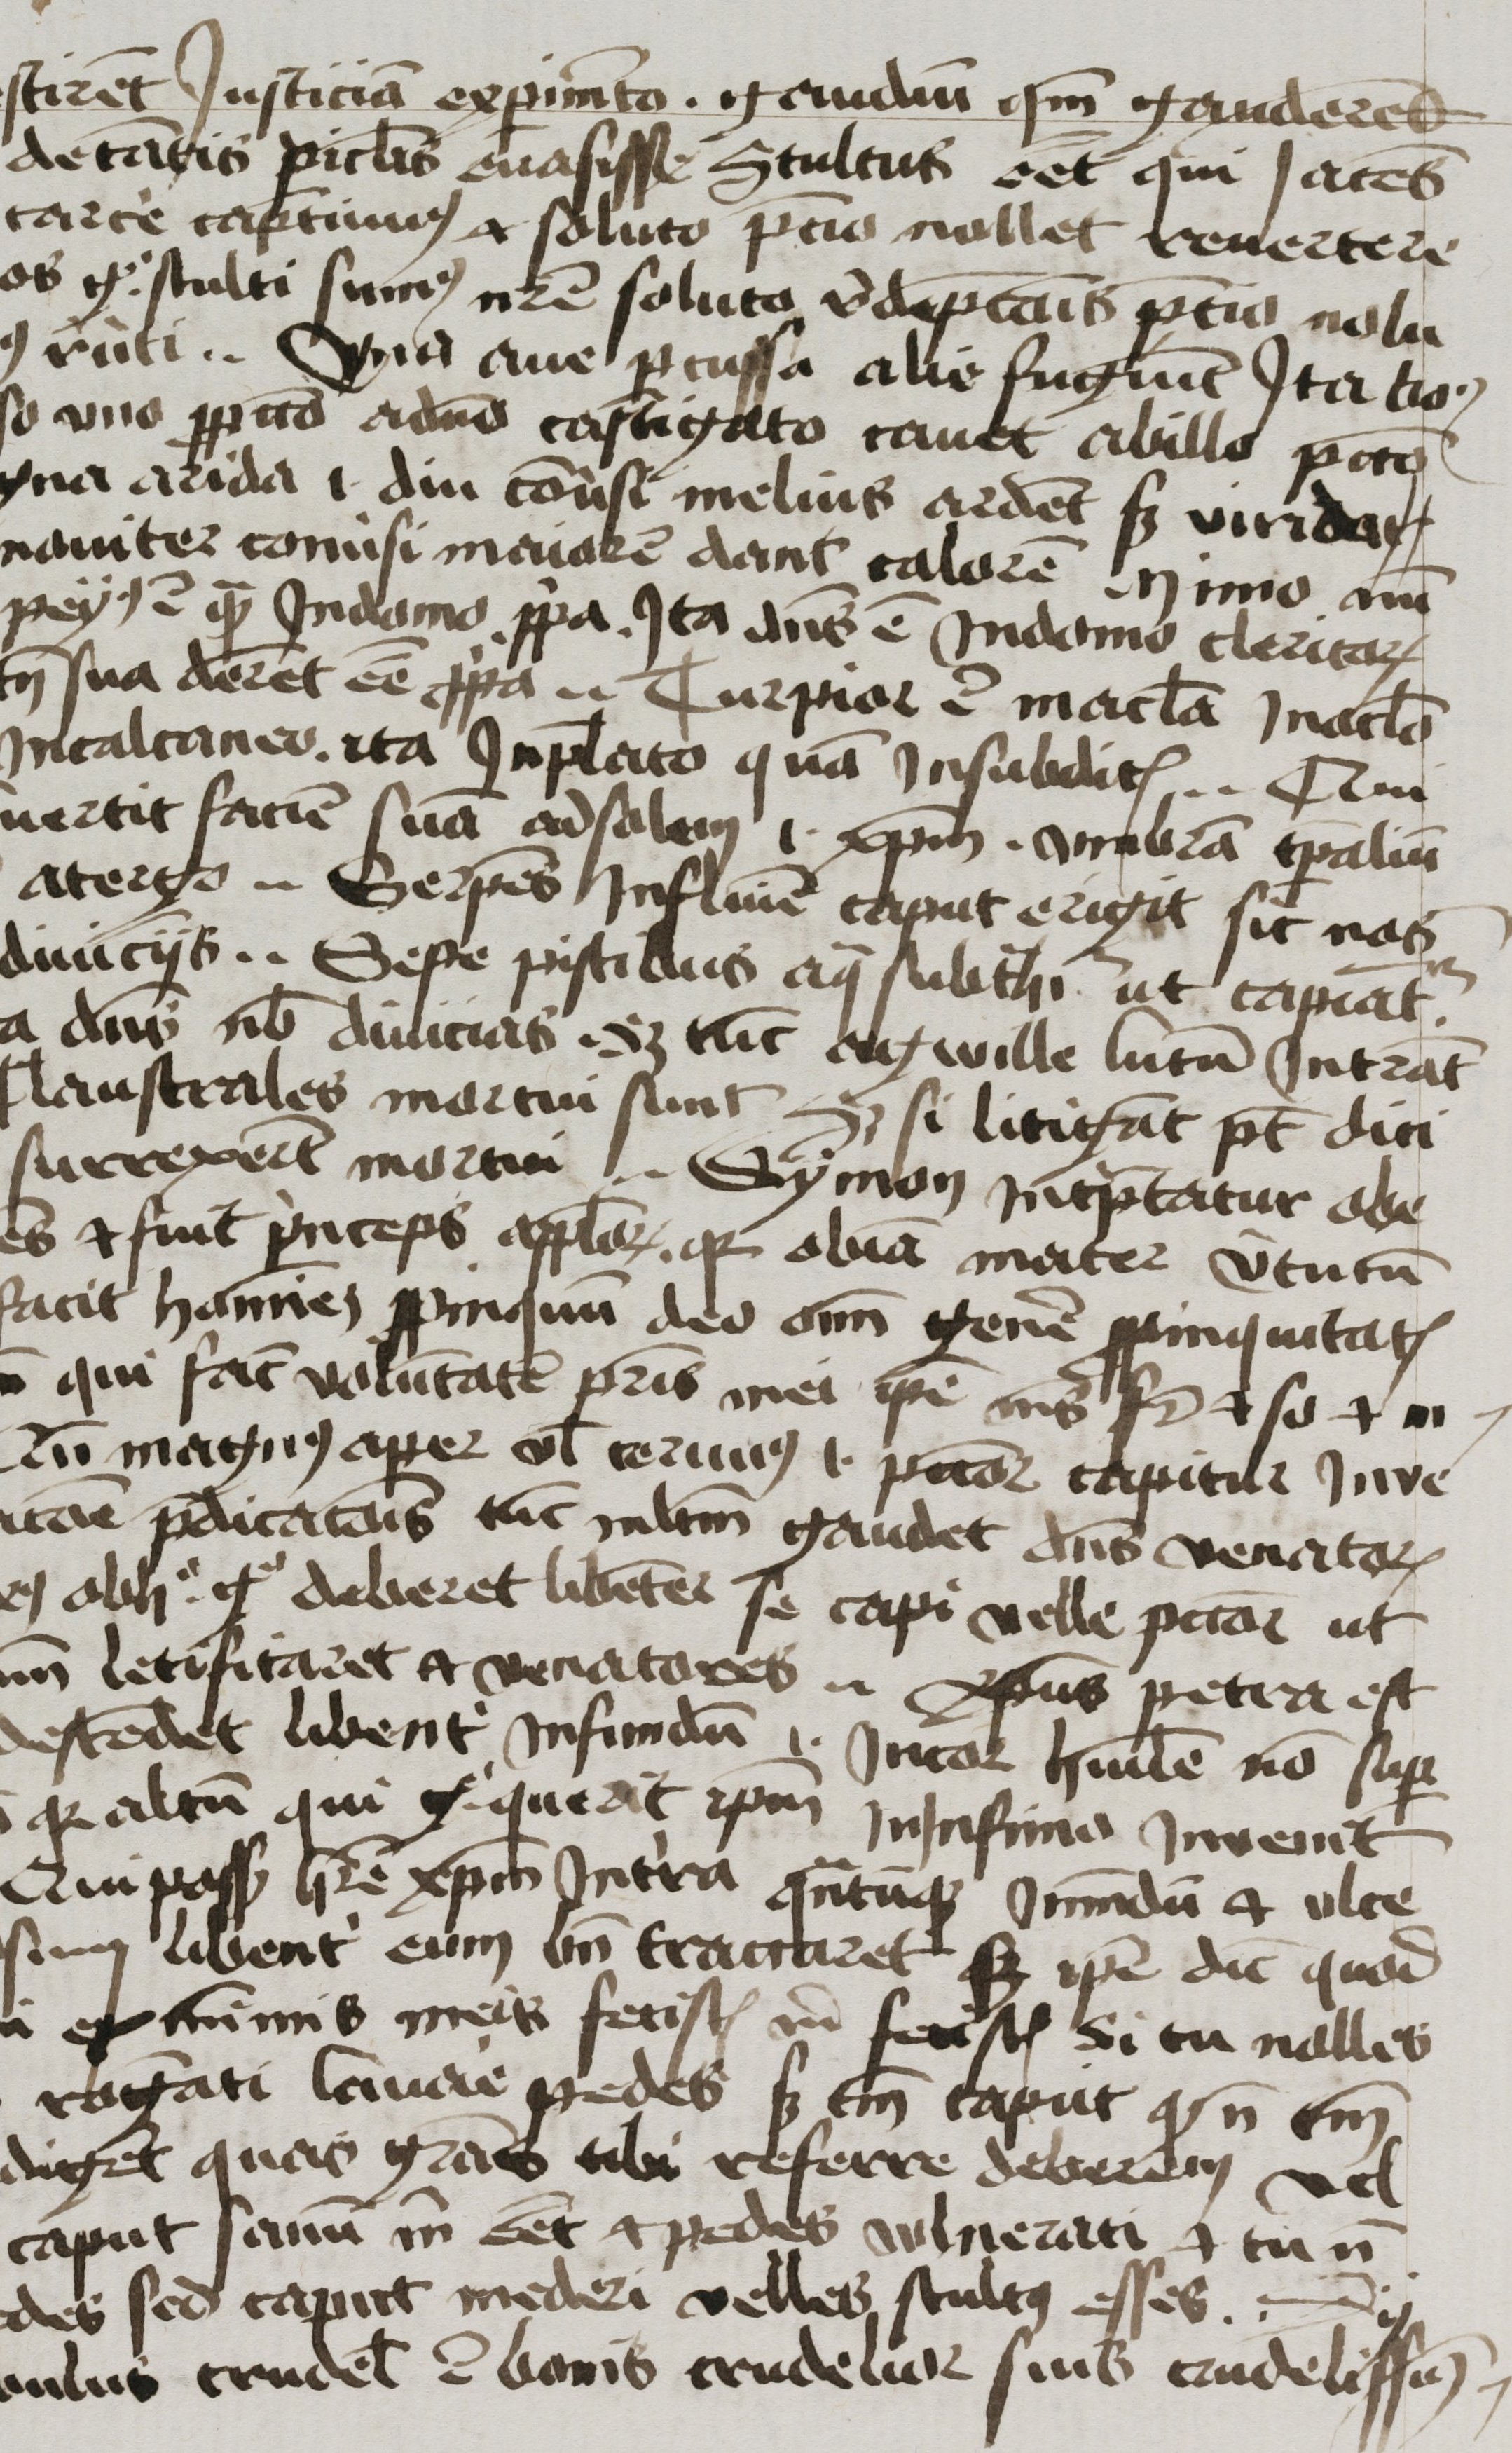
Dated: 1300–1499